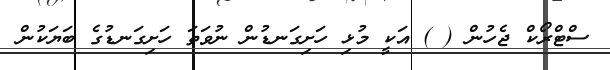
ސްޓްރޯކް ޖެހުން ( ) އަކީ މުޅި ހަށިގަނޑުން ނުވަތަ ހަށިގަނޑުގެ ބަޔަކުން